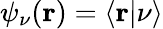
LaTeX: \psi_{\nu}(\mathbf{r})=\langle\mathbf{r}|\nu\rangle